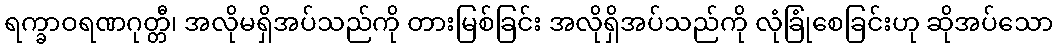
ရက္ခာဝရဏဂုတ္တီ၊ အလိုမရှိအပ်သည်ကို တားမြစ်ခြင်း အလိုရှိအပ်သည်ကို လုံခြုံစေခြင်းဟု ဆိုအပ်သော